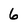
Character: 6